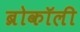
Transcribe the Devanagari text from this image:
ब्रोकॉली